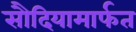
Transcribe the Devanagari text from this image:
सौदियामार्फत